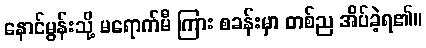
နောင်မွန်းသို့ မရောက်မီ ကြား စခန်းမှာ တစ်ည အိပ်ခဲ့ရ၏။